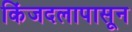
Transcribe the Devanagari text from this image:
किंजदलापासून